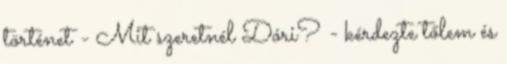
történet - Mit szeretnél Dóri? - kérdezte tőlem és